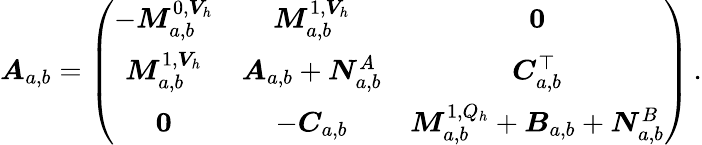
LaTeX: \boldsymbol A_{a,b}=\left(\begin{array}{ccc}{-\boldsymbol M_{{a},{b}}^{0,\boldsymbol V_{h}}}&{\boldsymbol M_{{a},{b}}^{1,\boldsymbol V_{h}}}&{\boldsymbol 0}\\ {\boldsymbol M_{{a},{b}}^{1,\boldsymbol V_{h}}}&{\boldsymbol A_{{a},{b}}+\boldsymbol N_{{a},{b}}^{A}}&{\boldsymbol C_{{a},{b}}^{\top}}\\ {\boldsymbol 0}&{-\boldsymbol C_{{a},{b}}}&{\boldsymbol M_{a,b}^{1,Q_{h}}+\boldsymbol B_{a,b}+\boldsymbol N_{a,b}^{B}}\end{array}\right)\, .